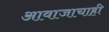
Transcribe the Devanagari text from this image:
आवाजाचाही